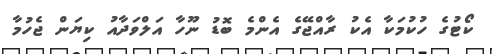
ކޯޓުގެ ހުކުމަކާ އެކު ރާއްޖޭގެ އެންމެ ބޮޑު ނޫހާ އަލްވަދާއު ކިޔަން ޖެހުމާ